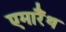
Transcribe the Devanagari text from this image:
एमारैंथ